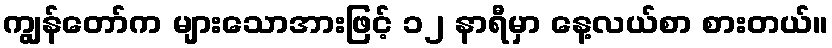
ကျွန်တော်က များသောအားဖြင့် ၁၂ နာရီမှာ နေ့လယ်စာ စားတယ်။